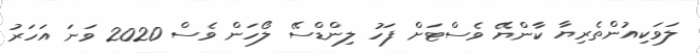
ލަވަކިއުންތެރިޔާ ކާންޔޭ ވެސްޓަށް ފަހު ލިންޑްސޭ ލޯހަން ވެސް 2020 ވަނަ އަހަރު